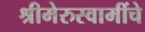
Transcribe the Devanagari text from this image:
श्रीमेरुस्वामींचे